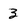
Character: 3